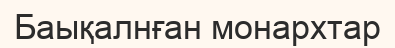
Баықалнған монархтар